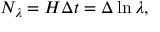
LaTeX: N _ { \lambda } = H \Delta t = \Delta \ln \lambda ,